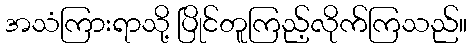
အသံကြားရာသို့ ပြိုင်တူကြည့်လိုက်ကြသည်။